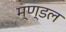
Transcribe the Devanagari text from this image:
म्ण्डल